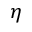
\eta